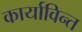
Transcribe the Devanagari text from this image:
कार्याविन्त